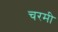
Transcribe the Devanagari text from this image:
चरमी